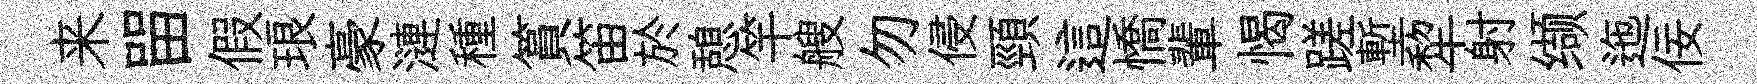
来㽞假琅豪漣種篔笛於憩竿艘勿侵頸這憍輩愒蹉塹犂射缬迤佞